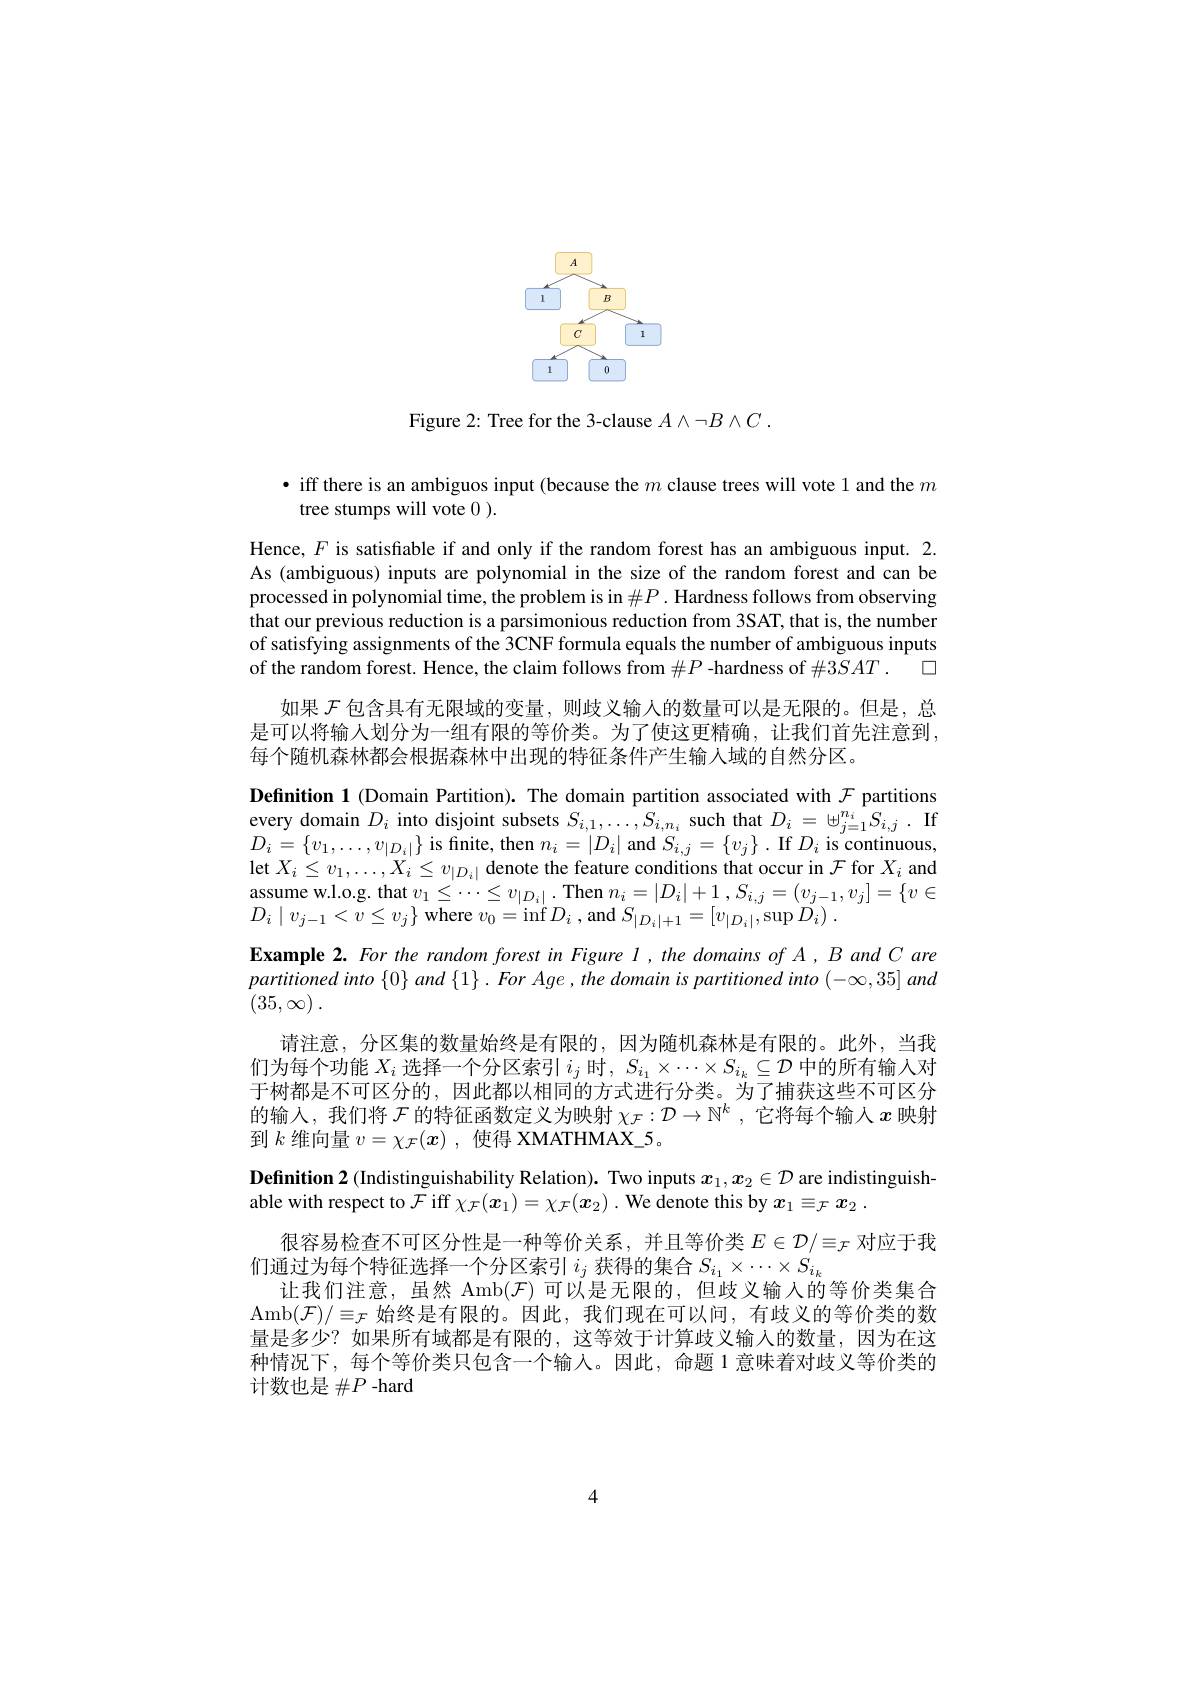
<FigureHere>

Figure 2: Tree for the 3-clause $A\wedge\neg B\wedge C.$

· iff there is an ambiguos input (because the $m$ clause trees will vote 1 and the $m$
tree stumps will vote 0).

Hence, $F$ is satisfiable if and only if the random forest has an ambiguous input. 2. As (ambiguous) inputs are polynomial in the size of the random forest and can be processed in polynomial time, the problem is in $\#P.$ Hardness follows from observing that our previous reduction is a parsimonious reduction from 3SAT, that is, the number of satisfying assignments of the 3CNF formula equals the number of ambiguous inputs of the random forest. Hence, the claim follows from $\#P$ -hardness of #3SAT. 口
如果$\mathcal{F}$包含具有无限域的变量，则歧义输入的数量可以是无限的。但是，总是可以将输入划分为一组有限的等价类。为了使这更精确，让我们首先注意到， 每个随机森林都会根据森林中出现的特征条件产生输人域的自然分区。
Definition 1 (Domain Partition). The domain partition associated with $\mathcal{F}$ partitions $\underset{{\mathrm{every~domain~}}}{\operatorname*{\operatorname*{\operatorname*{\text{into disjoint subsets }}}}}S_{i,1},\ldots,S_{i,n_{i}}$ such that $D_i=\uplus_{j=1}^{n_{i}}S_{i,j}.$ If $D_{i}=\{v_{1},\ldots,v_{|D_{i}|}\}$ is finite, then $n_i=|D_{i}|$ and $S_i,j=\{v_{j}\}.$ If $D_i$ is continuous, let $X_i\leq v_1,\ldots,X_i\leq v_{|D_i|}$ denote the feature conditions that occur in $\mathcal{F}$ for $X_i$ and assume w. l. o. g. that $v_{1}\leq \cdots \leq v_{| D_{i}| }.$ Then $n_{i}= | D_{i}| + 1$ $, S_{i, j}= ( v_{j- 1}, v_{j}] = \{ v\in \mathbb{R} \}$ $D_{i}\mid v_{j-1}<\dot{v}\leq v_{j}\}$ where $v_0=$inf $D_i$ , and $S_|D_{i}|+1=[v_{|D_{i}|}$,sup $D_{i})$ .
Example 2. For the random forest in Figure l,the domains of A, B and C are $partitionedinto\left \{ 0\right \} and\left \{ 1\right \} . ForAge, the$ domain $is$ partitioned into $( - \infty , 35]$ and $( 35, \infty )$ .
请注意，分区集的数量始终是有限的，因为随机森林是有限的。此外，当我们为每个功能$X_i$选择一个分区索引$i_j$时，$S_i_1\times\cdots\times S_{i_k}\subseteq\mathcal{D}$中的所有输入对于树都是不可区分的，因此都以相同的方式进行分类。为了捕获这些不可区分的输入，我们将$\mathcal{F}$的特征函数定义为映射$\chi _\mathcal{F} : \mathcal{D} \to \mathbb{N} ^k$ , 它 将 每 个 输 人 $x$映射到$k$维向量$v=\chi_\mathcal{F}(\boldsymbol{x})$,使得 XMATHMAX\_5。
Definition 2 (Indistinguishability Relation). Two inputs $x_1,x_2\in\mathcal{D}$ are indistinguish-
able with respect to $\mathcal{F}$ iff $\chi_\mathcal{F}(\boldsymbol{x}_1)=\chi_\mathcal{F}(\boldsymbol{x}_2)$ .We denote this by $\boldsymbol x_1\equiv_\mathcal{F}\boldsymbol{x}_2.$
很容易检查不可区分性是一种等价关系，并且等价类$E\in\mathcal{D}/\equiv_\mathcal{F}$对应于我
们通过为每个特征选择一个分区索引$i_j$获得的集合$S_i_1\times\cdots\times S_{i_k}$
让我们注意，虽然 Amb$(\mathcal{F})$可以是无限的，但歧义输入的等价类集合$\operatorname{Amb}(\mathcal{F})/\equiv_{\mathcal{F}}$始终是有限的。因此，我们现在可以问，有歧义的等价类的数量是多少？如果所有域都是有限的，这等效于计算歧义输入的数量，因为在这种情况下，每个等价类只包含一个输人。因此，命题 1意味着对歧义等价类的计数也是$\#P$-hard